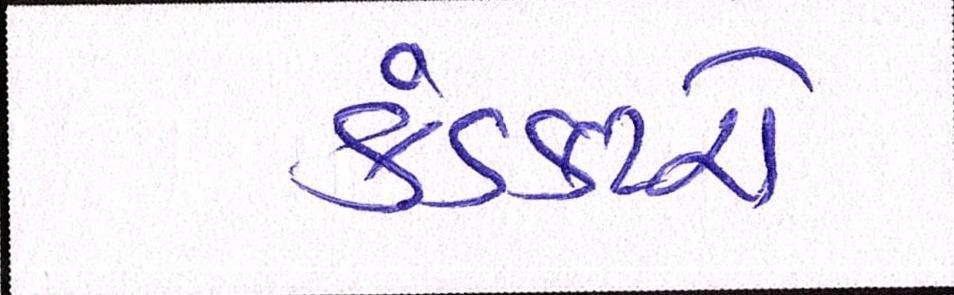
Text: કંડકટરો